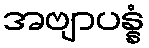
အဗျာပန္နံ